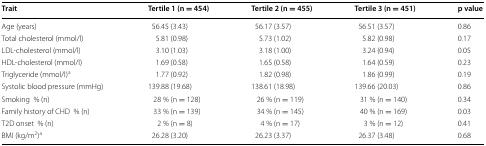
<table><thead><tr><td><b>Trait</b></td><td><b>Tertile 1 (n = 454)</b></td><td><b>Tertile 2 (n = 455)</b></td><td><b>Tertile 3 (n = 451)</b></td><td><b>p value</b></td></tr></thead><tbody><tr><td>Age (years)</td><td>56.45 (3.43)</td><td>56.17 (3.57)</td><td>56.51 (3.57)</td><td>0.86</td></tr><tr><td>Total cholesterol (mmol/l)</td><td>5.81 (0.98)</td><td>5.73 (1.02)</td><td>5.82 (0.98)</td><td>0.17</td></tr><tr><td>LDL-cholesterol (mmol/l)</td><td>3.10 (1.03)</td><td>3.18 (1.00)</td><td>3.24 (0.94)</td><td>0.05</td></tr><tr><td>HDL-cholesterol (mmol/l)</td><td>1.69 (0.58)</td><td>1.65 (0.58)</td><td>1.64 (0.59)</td><td>0.23</td></tr><tr><td>Triglyceride (mmol/l)<sup>a</sup></td><td>1.77 (0.92)</td><td>1.82 (0.98)</td><td>1.86 (0.99)</td><td>0.19</td></tr><tr><td>Systolic blood pressure (mmHg)</td><td>139.88 (19.68)</td><td>138.61 (18.98)</td><td>139.66 (20.03)</td><td>0.86</td></tr><tr><td>Smoking% (n)</td><td>28 % (n = 128)</td><td>26 % (n = 119)</td><td>31 % (n = 140)</td><td>0.34</td></tr><tr><td>Family history of CHD% (n)</td><td>33 % (n = 139)</td><td>34 % (n = 145)</td><td>40 % (n = 169)</td><td>0.03</td></tr><tr><td>T2D onset% (n)</td><td>2 % (n = 8)</td><td>4 % (n = 17)</td><td>3 % (n = 12)</td><td>0.41</td></tr><tr><td>BMI (kg/m<sup>2</sup>)<sup>a</sup></td><td>26.28 (3.20)</td><td>26.23 (3.37)</td><td>26.37 (3.48)</td><td>0.68</td></tr></tbody></table>